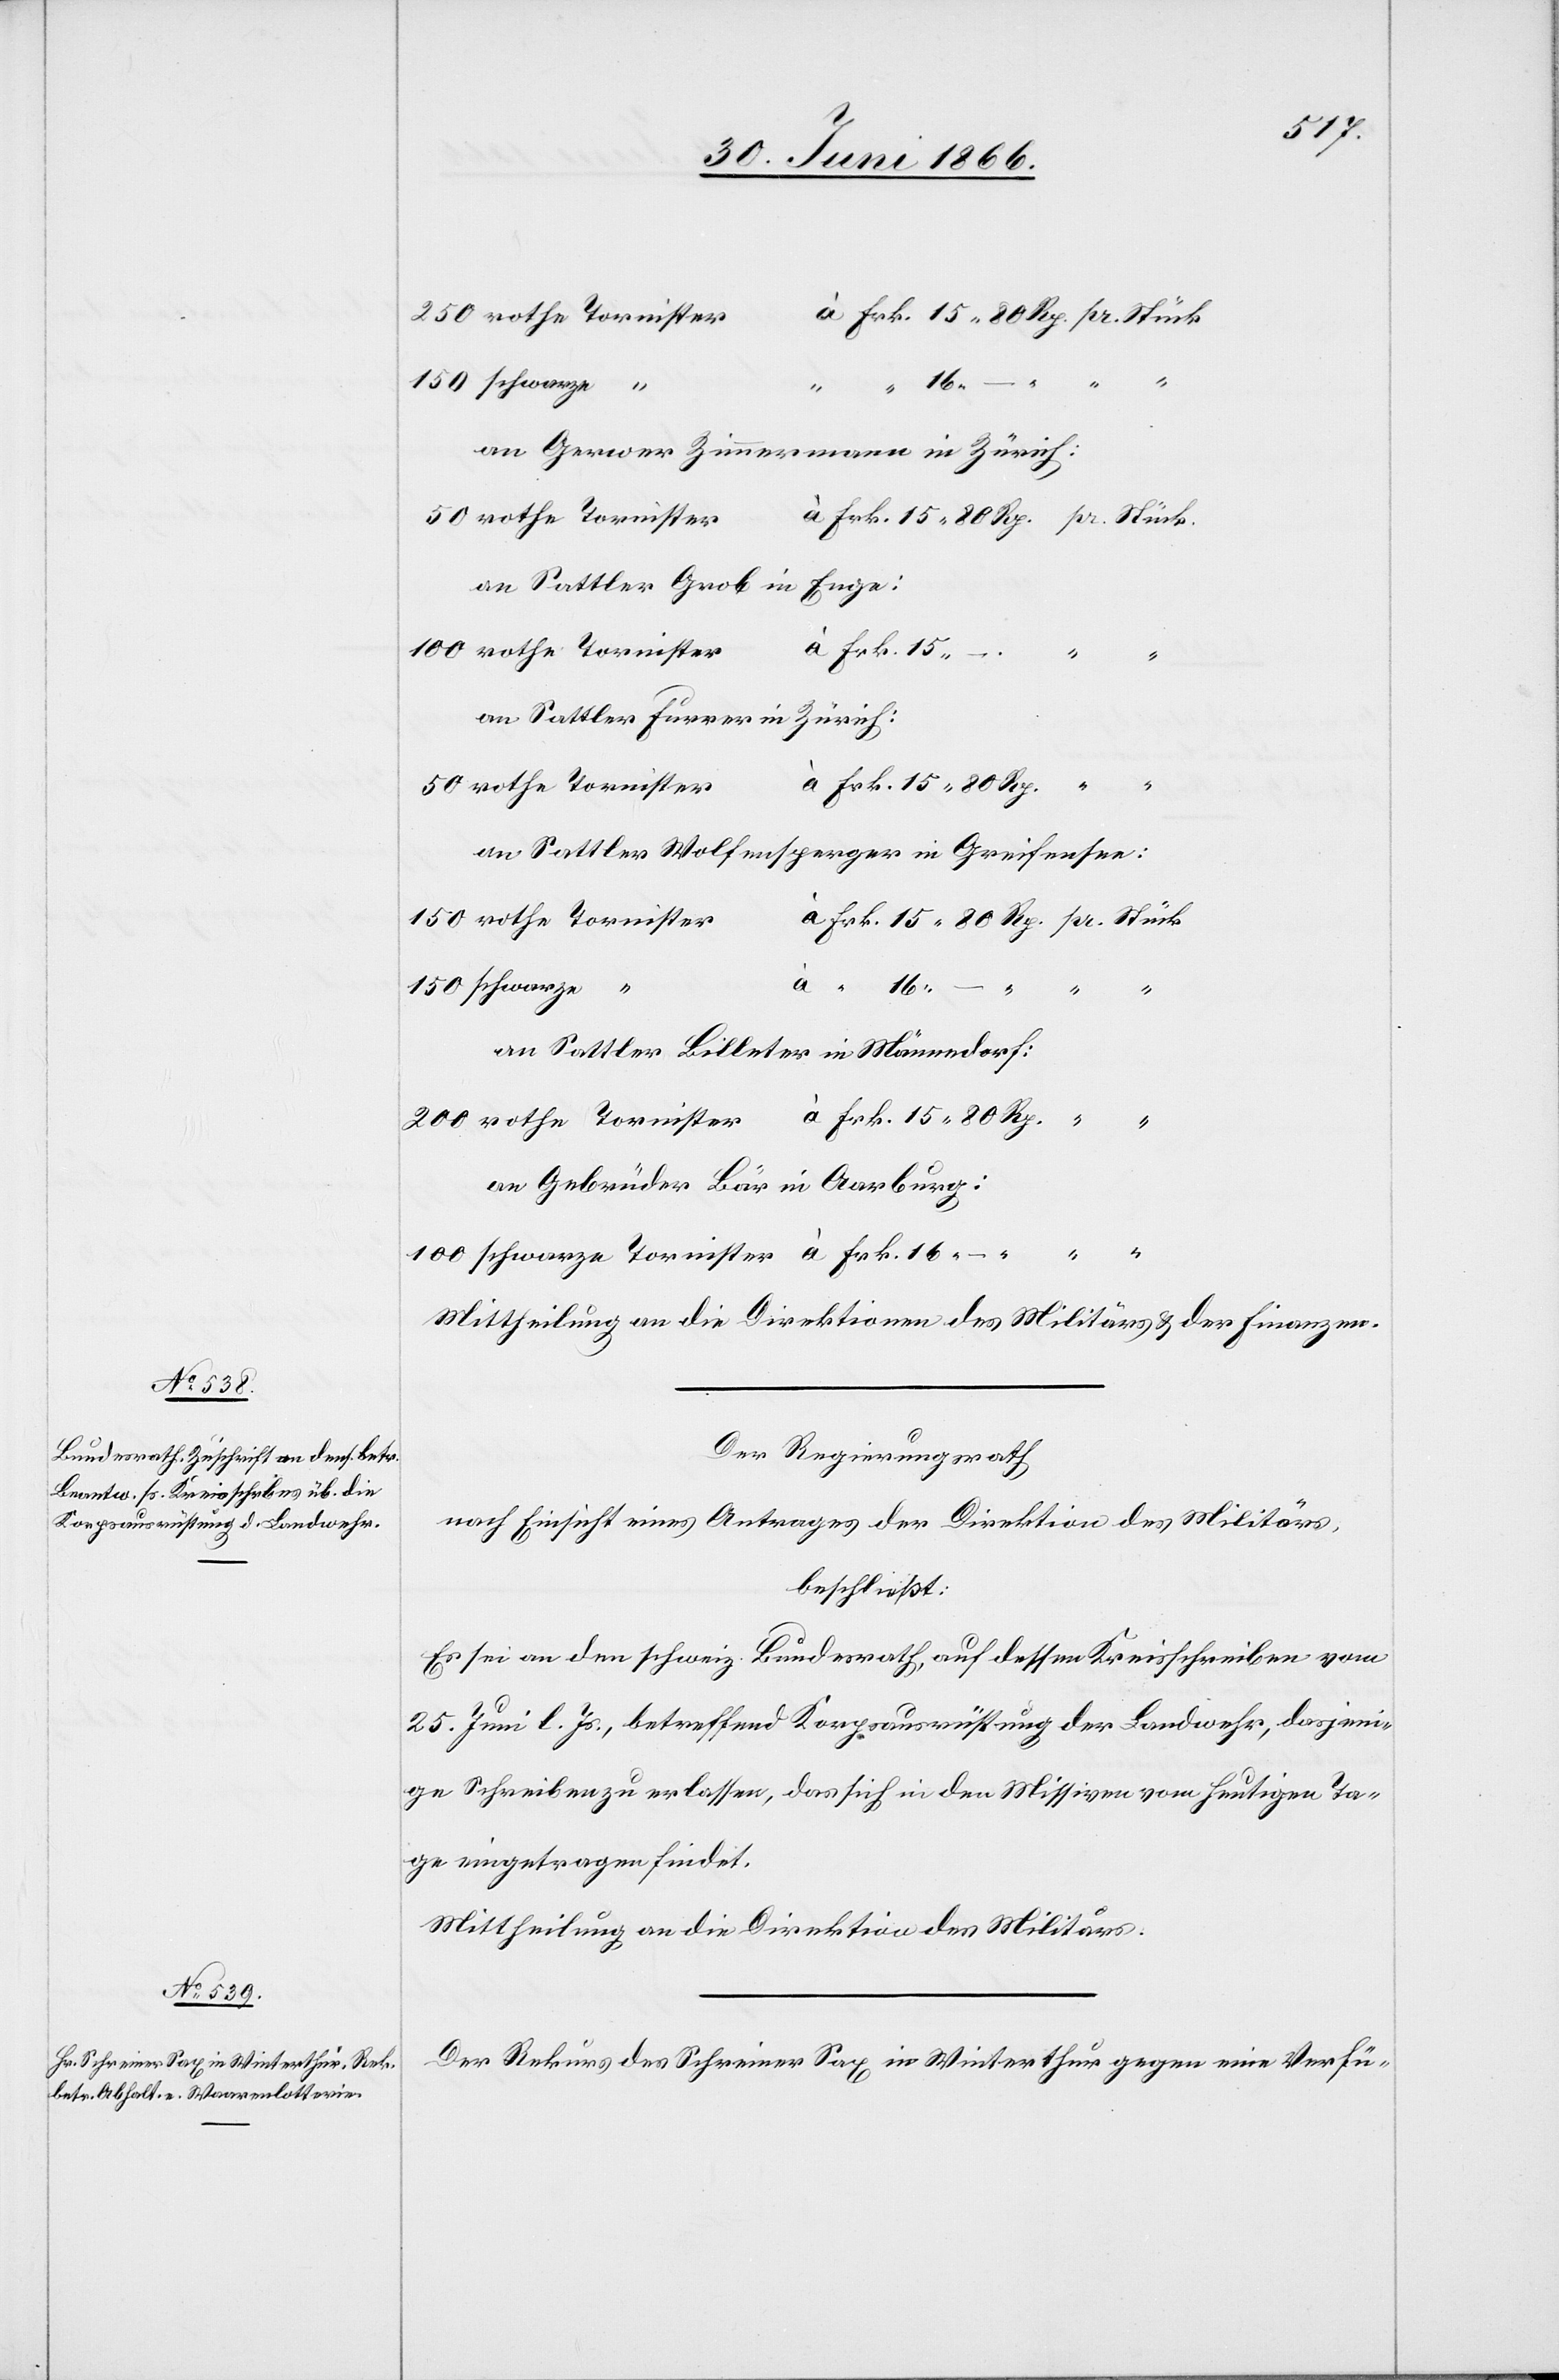
15.
an Gerwer Zimmermann in Zürich:
an Sattler Grob in Enge
an Sattler Furrer in Zürich:
am Sattler Wolfensperger in Greifensee:
–
16.
–
an Sattler Billeter in Männedorf:
Frk.
an Gebrüder Bär in Aarbrugg:
Mittheilung an die Direktionen des Militärs u. der Finanzen.
Der Regierungsrath,
nach Einsicht eines Antrages der Direktion des Militärs,
beschließt:
Es sei an dem schweiz. Bundesrath, auf dessen Kreisschreiben vom
25. Juni l. Js., betreffend Korpsausrüstung der Landwehr, dasjeni¬
ge Schreiben zu erlassen, das sich in den Missiven vom heutigen Ta¬
ge eingetragen findet.
Mittheilung an die Direktion des Militärs.
Der Rekurs des Schreiner Sax in Winterthur gegen eine Verfü-